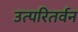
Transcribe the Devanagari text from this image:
उत्परितर्वन